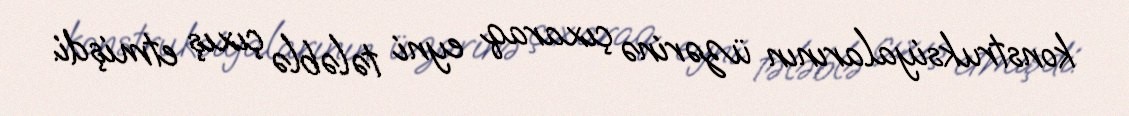
konstruksiyalarının üzərinə çıxaraq eyni tələblə çıxış etmişdi.